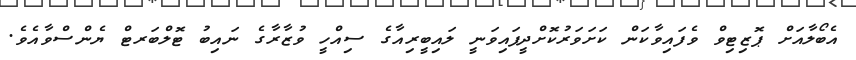
އެބޯލާއަށް ޕޮޒިޓިވް ވެފައިވާކަން ކަށަވަރުކޮށްދީފައިވަނީ ލައިބީރިއާގެ ސިއްހީ ވުޒާރާގެ ނައިބު ޓޮލްބަރޓް ޔެންސްވާއެވެ.